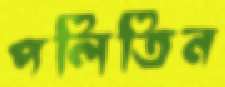
পলিতিন